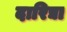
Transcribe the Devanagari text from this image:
दारिद्या